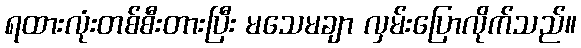
ရထားလုံးတစ်စီးတားပြီး မသေမချာ လှမ်းပြောလိုက်သည်။